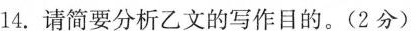
14.请简要分析乙文的写作目的。(2分)